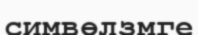
симвөлзмге